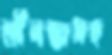
শ্রীলঙ্কাসহ